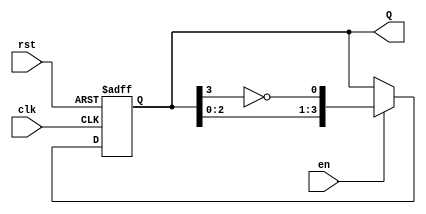
module johnson_counter #(
    parameter n = 4  // Number of flip-flops (adjust as needed)
)(
    input wire clk,    // Clock input
    input wire rst,    // Asynchronous reset
    input wire en,     // Enable signal
    output reg [n-1:0] Q  // Counter output
);

// Always block triggered on the rising edge of the clock or reset
always @(posedge clk or posedge rst) begin
    if (rst) begin
        // Reset the counter to all zeros
        Q <= 0;
    end else if (en) begin
        // Johnson counter logic
        Q <= {Q[n-2:0], ~Q[n-1]}; // Shift left and feed back inverted last bit
    end
    // If enable is low, retain the current state (no else needed)
end

endmodule